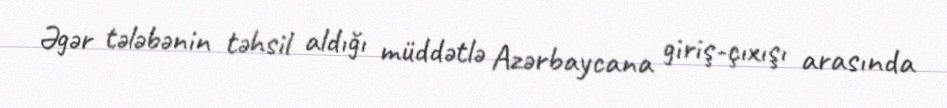
Əgər tələbənin təhsil aldığı müddətlə Azərbaycana giriş-çıxışı arasında